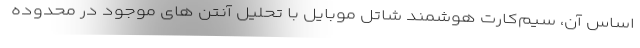
اساس آن، سیم‌کارت هوشمند شاتل موبایل با تحلیل آنتن های موجود در محدوده